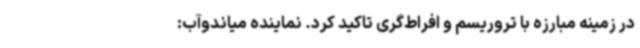
در زمینه مبارزه با تروریسم و افراط‌گری تاکید کرد. نماینده میاندوآب: